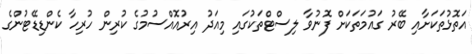
އަތޮޅުތަކަށާއި ބޭރު ގައުމަތަކަށް ފޮނުވާ ލިސްޓްތަކުގައި މިއަދު އިރުއޮއްސުމުގެ ކުރިން ހުރިހާ ކެންޑިޑޭޓުންގެ